Burma Government Medical School reports 1907-22
Year: 1907
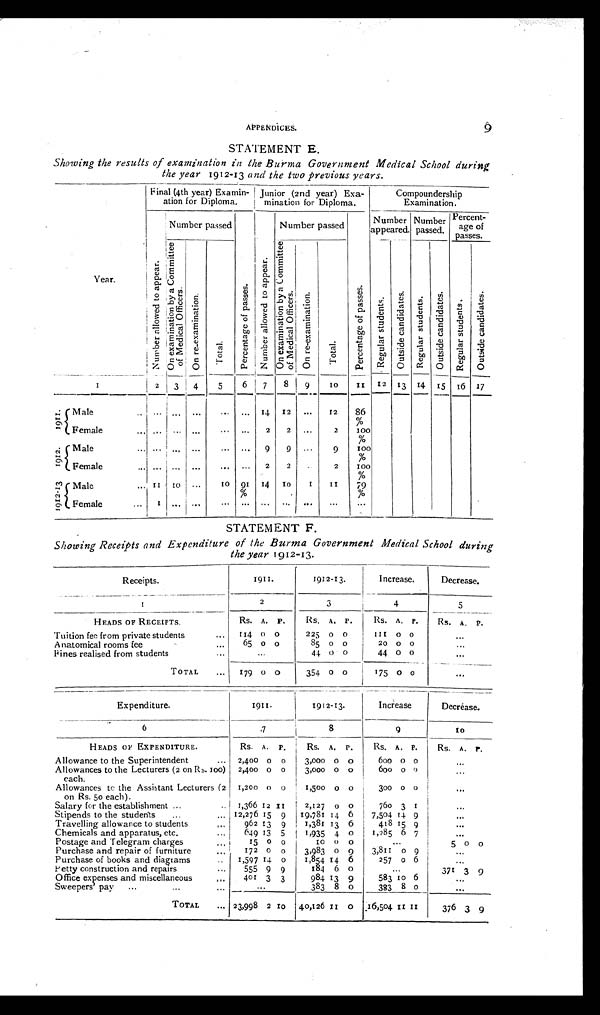
APPENDICES.
9
STATEMENT E.
Showing the results of examination in the Burma Government Medical School during
the year 1912-13 and the two previous years.
Y e a r .
F inal (4th year) Examin-
ation for Diploma.
Junior (2nd year) Exa-
mination for Diploma.
Compoundership
Examination.
N u m b e r a l l o w e d t o a p p e a r .
Number passed
P e r c e n t a g e o f p a s s a g e s .
N u m b e r a l l o w e d t o a p p e a r .
Number passed
Number
appeared.
Number
passed.
Percent-
age of
passes.
O n e x a m i n a t i o n b y a C o m m i t t e e o f M e d i c a l o f f i c e r s .
O n r e - e x a m i n a t i o n .
Total.
O n e x a m i n a t i o n b y a C o m m i t t e e o f M e d i c a l o f f i c e r s .
O n r e - e x a m i n a t i o n .
Total.
P e r c e n t a g e o f p a s s a g e s .
R e g u l a r s t u d e n t s .
O u t s i d e c a n d i d a t e s . R e g u l a r s t u d e n t s . O u t s i d e c a n d i d a t e s .
R e g u l a r s t u d e n t s .
O u t s i d e c a n d i d a t e s .
1
2 3
4
5
6
7
8
9 10
11 12 13
14 15 16 17
1911.
Mal e . . .
... ...
...
... ...
14 12
...
12
86
%
Female. . .
... ... ...
... ...
2
2
...
2
100%
1 9 1 2 . . Male
... ... ... ...
... ...
9
9 ...
9
100%
Female
... ... ... ...
... ...
2
2
. . .
2
100%
1912- 13 Male
... 11 10 ...
10 91 14 10
1
11
79%
Female
... 1 ... ...
... ... ... ...
...
...
...
STATEMENT F.
Showing Receipts and Expenditure of the Burma Government Medical School during
the year 1912-13.
Receipts.
1911.
1912-13.
Increase.
Decrease.
1
2
3
4
5
HEADS OF RECEIPTS.
Rs. A. P.
Rs. A. P.
Rs. A. P.
Rs. A. P.
Tuition fee from private students
...
114 0 0 0
225 0 00
111 0 0
...
Anatomical rooms fee
. . .
65
00
85 0 0
20 0 0
...
Fines realised from students
...
...
44 0 0
44 0 0
...
TOTAL
... 179 0 0
354 0 0
175 0 0
...
Expenditure.
1911.
1912-13.
Increase.
Decrease.
6
7
8
9
10
HEADS OF EXPENDITURE.
Rs. A. P.
Rs. A. P.
Rs. A. P.
Rs. A. P.
Allowance to the Superintendent
... 2,400 0 0
3,000 0 0
600
0 0
. . .
Allowances to the Lecturers (2 on Rs. 100)
each.
2,400 0 0
3,000 0
0
6 0 0 0 0
. . .
Allowances to the Assistant Lecturers (2
on Rs. 50 each).
1,200 0 0
1,500 0
0
300 0 0
. . .
Salary for the establishment ...
.. 1,366 12
1 1
2,127 0 0
760 3 1
. . .
Stipends to the students
...
... 12,276 15 9 19,781 14 6
7,504 14 9
. . .
Travelling allowance to students
...
962 13 9
1,381 13 6
418 15 9
. . .
Chemicals and apparatus, etc.
...
649 13 5
1,935 4 0
1,285 6 7
,..
Postage and Telegram charges
...
15 0 0
10
0 0
...
5 0 0
Purchase and repair of furniture
...
172 0 0
3,983 0 9
3,811
0 9
. . .
Purchase of books and diagrams
..
1,597 14 0
1,854 14 6
257
0 6
. . .
Petty construction and repairs
...
555 9 9
184 6 0
...
371 3 9
Office expenses and miscellaneous
401 3 3
984 13 9
583
1 0 6
. . .
Sweepers' pay
...
...
...
. . .
383 8 0
383 8 0
...
TOTAL
... 23,998 2
1 0 40,126
1 1 0 16,504 1 1 1 1
376 3 9